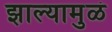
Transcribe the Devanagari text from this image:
झाल्यामुळं